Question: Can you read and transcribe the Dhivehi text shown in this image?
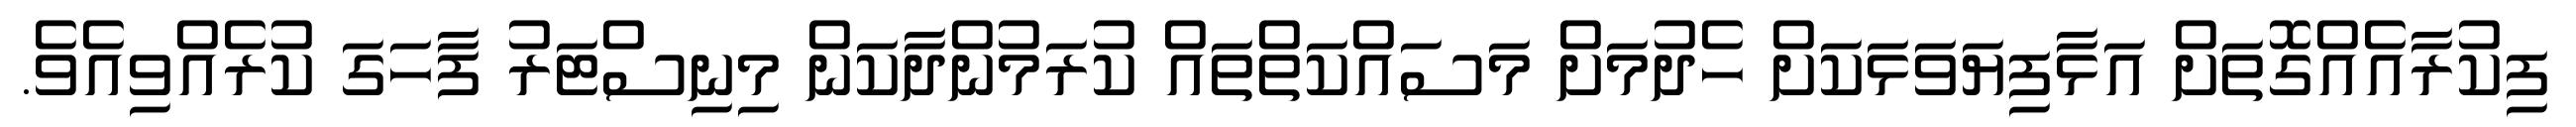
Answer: ފިކުރާއެއްގޮތަށް އަޅާފިޔަވަޅަކަށް ހެދުމަށް މަސައްކަތްތައް ކުރަމުންދާކަން މިނިސްޓަރު ފާހަގަ ކުރެއްވިއެވެ.